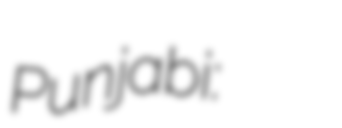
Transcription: Punjabi: گل شیر ریلوے